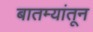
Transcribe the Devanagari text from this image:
बातम्यांतून